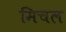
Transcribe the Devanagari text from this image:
मिचल